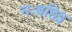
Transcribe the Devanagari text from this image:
नःबहिइ